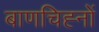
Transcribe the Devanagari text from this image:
बाणचिह्नों